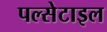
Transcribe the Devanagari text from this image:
पल्सेटाइल